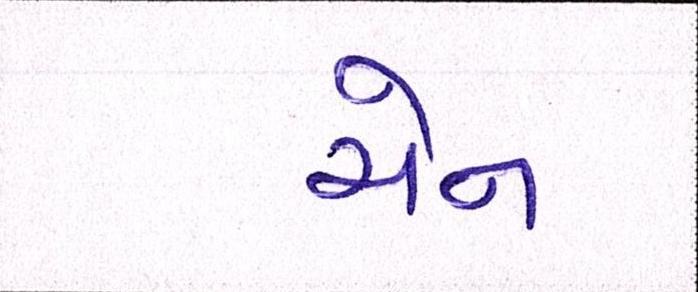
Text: ચેન